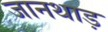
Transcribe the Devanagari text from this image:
जानथाड़